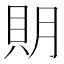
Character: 𧵂